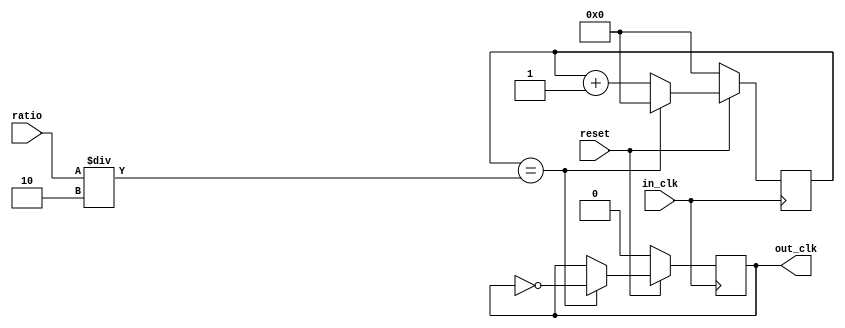
`timescale 1ns / 1ps
//////////////////////////////////////////////////////////////////////////////////
// Company: 
// Engineer: 
// 
// Design Name: 
// Module Name: FreqDivider
// Project Name: 
// Target Devices: 
// Tool Versions: 
// Description: 
// 
// Dependencies: 
// 
// Revision:
// Revision 0.01 - File Created
// Additional Comments:
// 
//////////////////////////////////////////////////////////////////////////////////

module FreqDivider(
        input in_clk,
        input reset,
        input [31:0] ratio, 
	   output reg out_clk
    ); 
	 reg [31:0] count;
	 
	 always @(posedge in_clk)
	 if (reset == 0) begin
	   count <= 32'd0;
	   out_clk <= 1'b0;
	 end
	 else  begin
        count <= count + 1;
		  if (count==(ratio/2))
		  begin
		     count <= 32'd0;
			 out_clk <= ~out_clk;
		  end
		end
endmodule